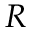
R